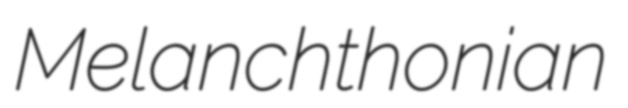
Melanchthonian